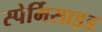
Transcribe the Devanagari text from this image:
स्पेर्मिसाइड